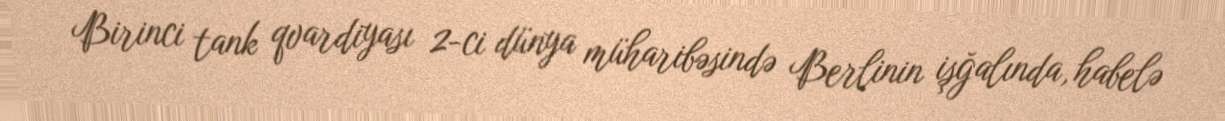
Birinci tank qvardiyası 2-ci dünya müharibəsində Berlinin işğalında, habelə